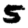
Digit: 5